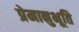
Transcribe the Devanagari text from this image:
प्रेमानुभूति